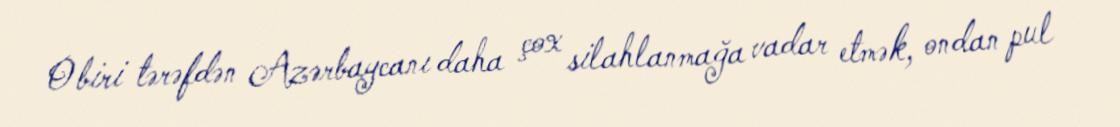
O biri tərəfdən Azərbaycanı daha çox silahlanmağa vadar etmək, ondan pul